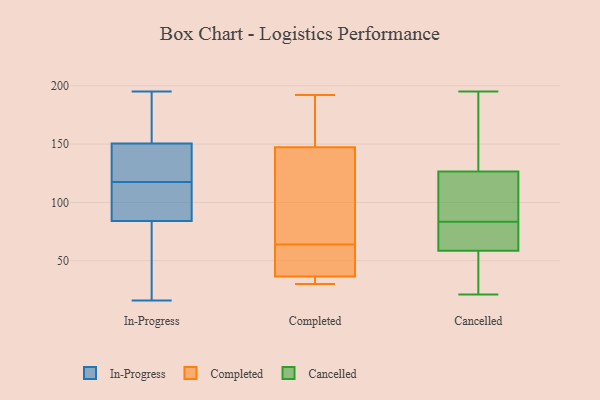
{"axis": {"x": "Shipments", "y": "Value"}, "legend": ["Cancelled", "Completed", "In-Progress"], "data": [{"x": "", "y": 53, "type": "In-Progress"}, {"x": "", "y": 132, "type": "In-Progress"}, {"x": "", "y": 16, "type": "In-Progress"}, {"x": "", "y": 90, "type": "In-Progress"}, {"x": "", "y": 117, "type": "In-Progress"}, {"x": "", "y": 78, "type": "In-Progress"}, {"x": "", "y": 184, "type": "In-Progress"}, {"x": "", "y": 195, "type": "In-Progress"}, {"x": "", "y": 112, "type": "In-Progress"}, {"x": "", "y": 167, "type": "In-Progress"}, {"x": "", "y": 134, "type": "In-Progress"}, {"x": "", "y": 118, "type": "In-Progress"}, {"x": "", "y": 30, "type": "Completed"}, {"x": "", "y": 35, "type": "Completed"}, {"x": "", "y": 45, "type": "Completed"}, {"x": "", "y": 31, "type": "Completed"}, {"x": "", "y": 41, "type": "Completed"}, {"x": "", "y": 64, "type": "Completed"}, {"x": "", "y": 74, "type": "Completed"}, {"x": "", "y": 166, "type": "Completed"}, {"x": "", "y": 192, "type": "Completed"}, {"x": "", "y": 187, "type": "Completed"}, {"x": "", "y": 91, "type": "Completed"}, {"x": "", "y": 54, "type": "Cancelled"}, {"x": "", "y": 142, "type": "Cancelled"}, {"x": "", "y": 185, "type": "Cancelled"}, {"x": "", "y": 195, "type": "Cancelled"}, {"x": "", "y": 86, "type": "Cancelled"}, {"x": "", "y": 134, "type": "Cancelled"}, {"x": "", "y": 80, "type": "Cancelled"}, {"x": "", "y": 159, "type": "Cancelled"}, {"x": "", "y": 47, "type": "Cancelled"}, {"x": "", "y": 75, "type": "Cancelled"}, {"x": "", "y": 63, "type": "Cancelled"}, {"x": "", "y": 118, "type": "Cancelled"}, {"x": "", "y": 70, "type": "Cancelled"}, {"x": "", "y": 54, "type": "Cancelled"}, {"x": "", "y": 94, "type": "Cancelled"}, {"x": "", "y": 81, "type": "Cancelled"}, {"x": "", "y": 21, "type": "Cancelled"}, {"x": "", "y": 36, "type": "Cancelled"}, {"x": "", "y": 119, "type": "Cancelled"}, {"x": "", "y": 86, "type": "Cancelled"}]}